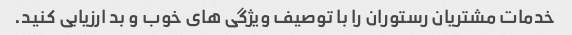
خدمات مشتریان رستوران را با توصیف ویژگی های خوب و بد ارزیابی کنید.